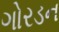
ગોરડન